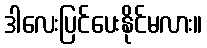
ဒါလေးပြင်ပေးနိုင်မလား။